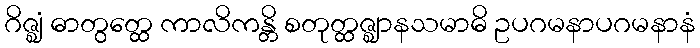
ဂိဇ္ဈံ ဓာတွတ္ထေ ကာလိကန္တိ စတုတ္ထဇ္ဈာနသမာဓိ ဥပဂမနာပဂမနာနံ